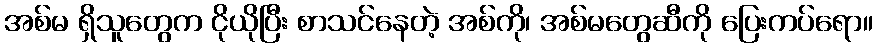
အစ်မ ရှိသူတွေက ငိုယိုပြီး စာသင်နေတဲ့ အစ်ကို၊ အစ်မတွေဆီကို ပြေးကပ်ရော။